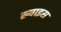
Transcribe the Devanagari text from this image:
ख्वाइस